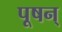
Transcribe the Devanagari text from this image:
पूषन्